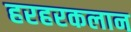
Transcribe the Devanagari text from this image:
हरहरकलान